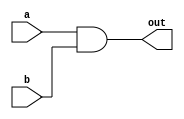
module and_gate #(parameter GATES = 1) (
  input   wire  [GATES-1:0]  a,
  input   wire  [GATES-1:0]  b,
  output  wire  [GATES-1:0]  out
);

assign out = a & b;


endmodule